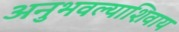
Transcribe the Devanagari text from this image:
अनुभवल्याशिवाय